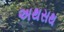
અથસથ